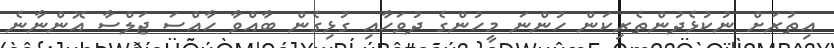
އިތުރަށް ނުކުޅެދުންތެރިކަން ހުންނަ މީހުންގެ ދުވަހާއި ގުޅިގެން ބާއްވާ ހާއްސަ ޖަލްސާ އޮންނާނެ